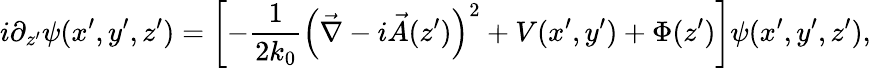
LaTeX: i\partial_{z^{\prime}}\psi(x^{\prime},y^{\prime},z^{\prime})=\left[-\frac{1}{2k_{0}}\left(\vec{\nabla}-i\vec{A}(z^{\prime})\right)^{2}+V(x^{\prime},y^{\prime})+\Phi(z^{\prime})\right]\psi(x^{\prime},y^{\prime},z^{\prime}),